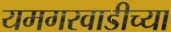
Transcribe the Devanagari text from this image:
यमगरवाडीच्या